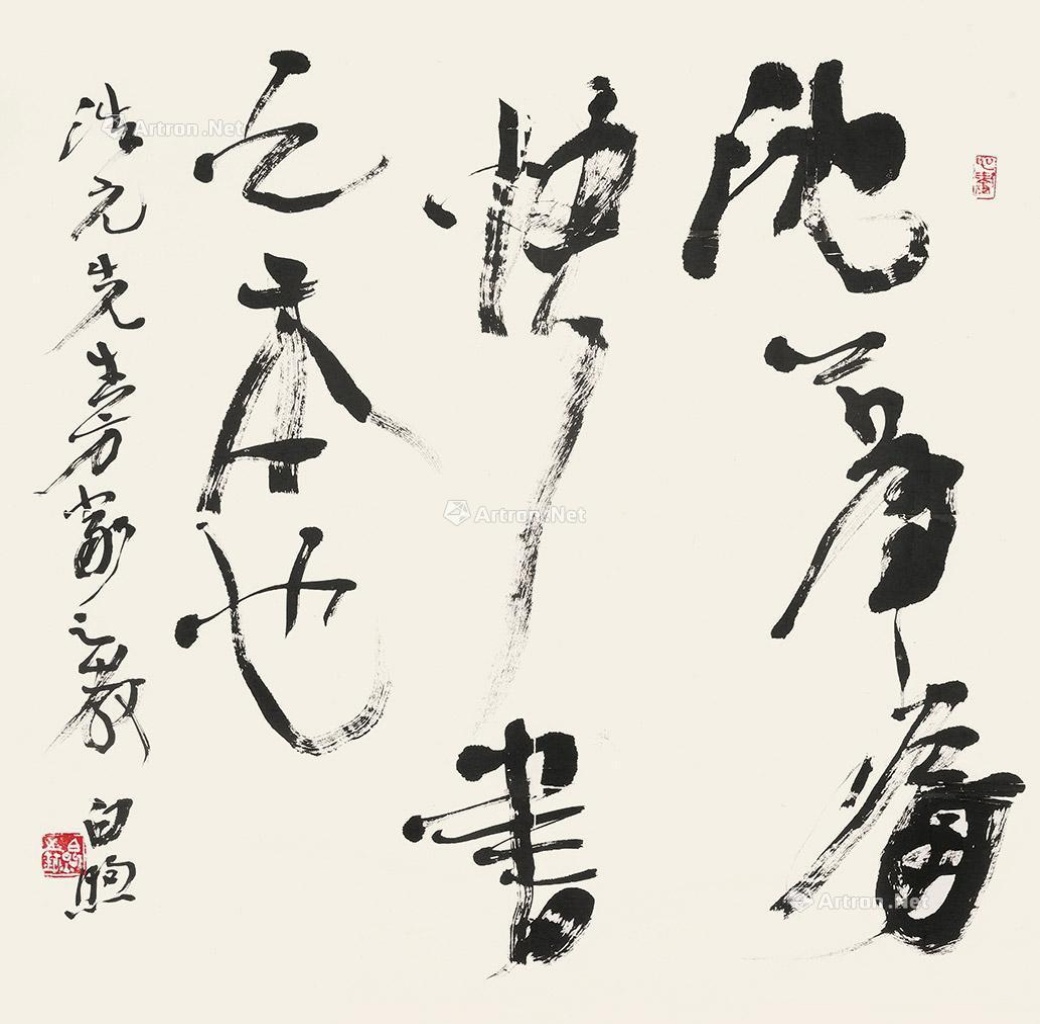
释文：沈着痛快，书之本也。浩元先生方家之教。白煦。